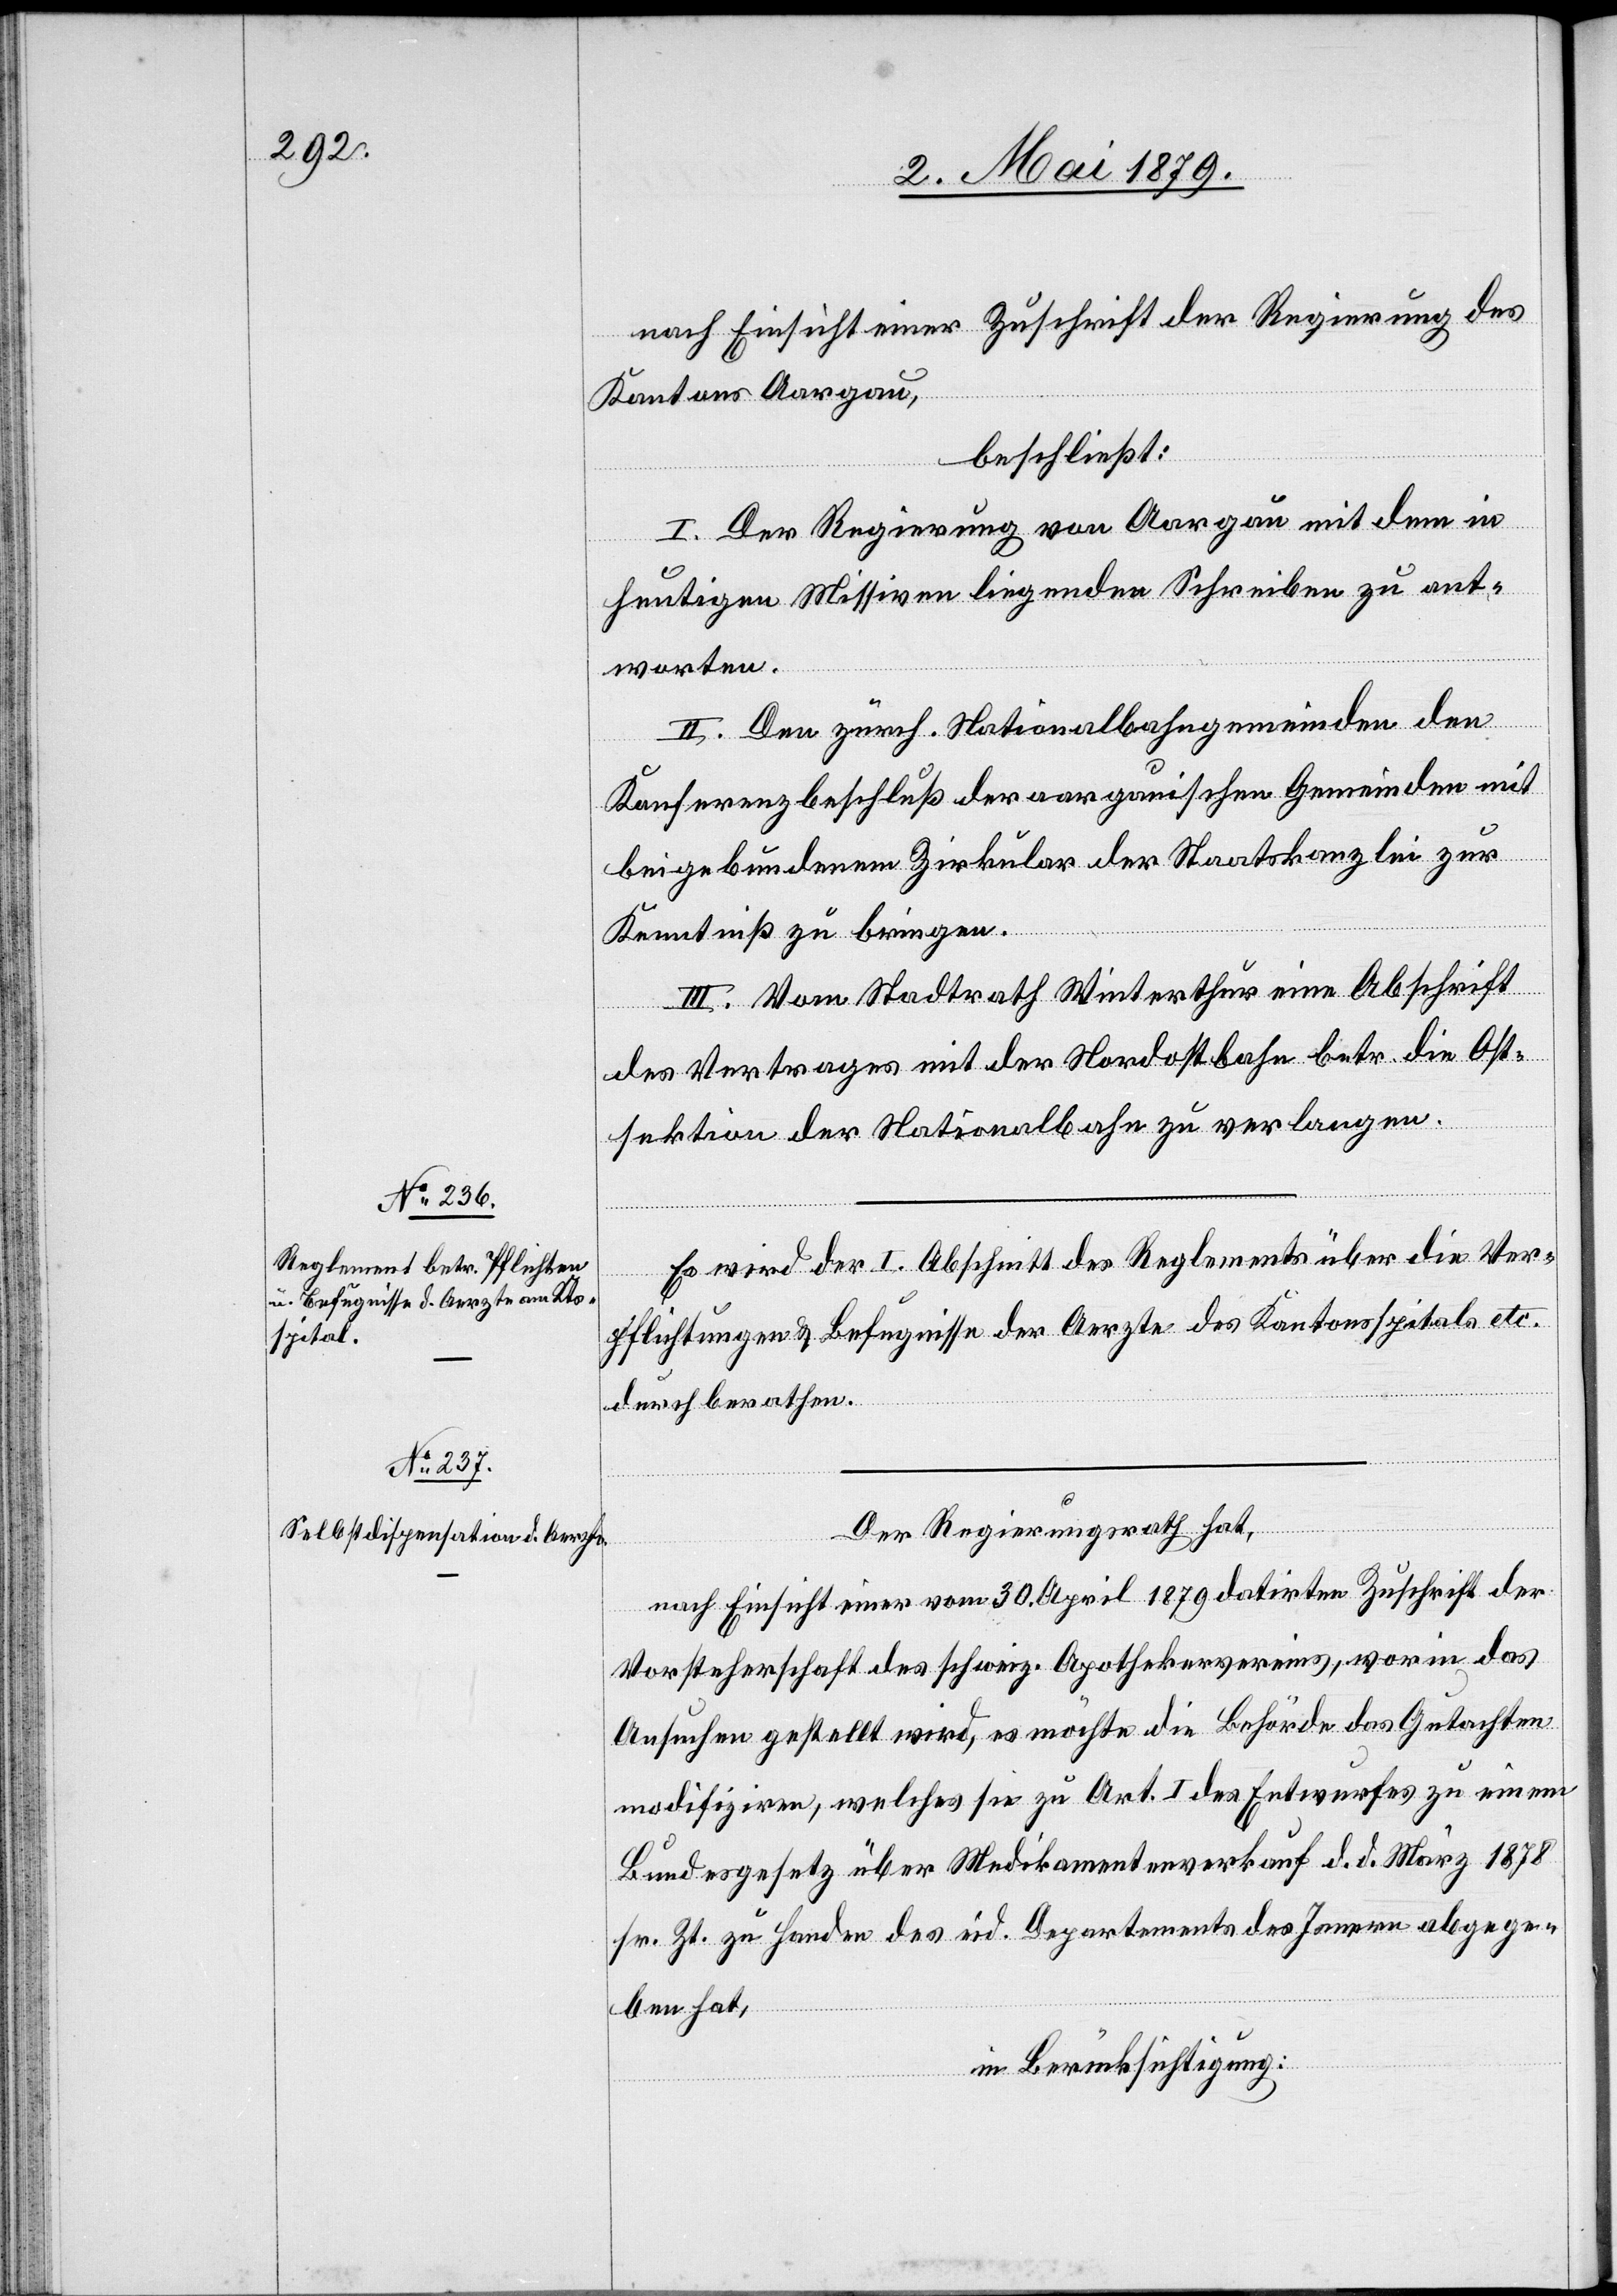
nach Einsicht einer Zuschrift der Regierung des
Kantons Aargau,
beschließt:
I. Der Regierung von Aargau mit dem in
heutigen Missiven liegenden Schreiben zu ant¬
worten.
II. Den zürch. Nationalbahngemeinden den
Konferenzbeschluß der aargauischen Gemeinden mit
beigebundenem Zirkular der Staatskanzlei zur
Kenntniß zu bringen.
III. Vom Stadtrath Winterthur eine Abschrift
des Vertrages mit der Nordostbahn betr. die Ost¬
sektion der Nationalbahn zu verlangen.
Es wird der I. Abschnitt des Reglements über die Ver¬
pflichtungen & Befugnisse der Aerzte des Kantonsspitals etc.
durchberathen.
Der Regierungsrath hat,
nach Einsicht einer vom 30. April 1879 datirten Zuschrift der
Vorsteherschaft des schweiz. Apothekervereins, worin das
Ansuchen gestellt wird, es möchte die Behörde das Gutachten
modifiziren, welches sie zu Art. I des Entwurfes zu einem
Bundesgesetz über Medikamentenverkauf d. d. März 1878
sr. Zt. zu Handen des eid. Departement des Innern abgege¬
ben hat,
in Berücksichtigung: